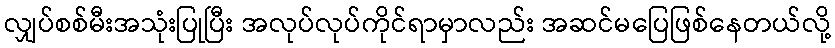
လျှပ်စစ်မီးအသုံးပြုပြီး အလုပ်လုပ်ကိုင်ရာမှာလည်း အဆင်မပြေဖြစ်နေတယ်လို့